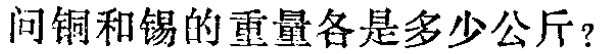
问铜和锡的重量各是多少公斤？